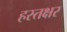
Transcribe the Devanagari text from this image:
हस्तक्षर